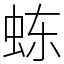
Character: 𬟽